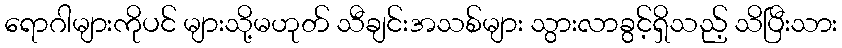
ရောဂါများကိုပင် များသို့မဟုတ် သီချင်းအသစ်များ သွားလာခွင့်ရှိသည့် သိပြီးသား